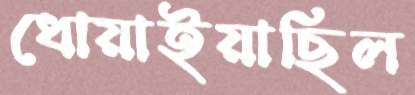
ধোয়াইয়াছিল